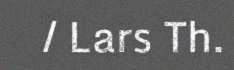
/ Lars Th.